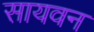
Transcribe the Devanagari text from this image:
सायवन